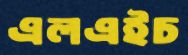
এলএইচ